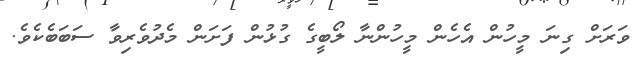
ވަރަށް ގިނަ މީހުން އެހެން މީހުންނާ ލޯބީގެ ގުޅުން ފަށަން މެދުވެރިވާ ސަބަބެކެވެ.